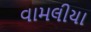
વામલીયા